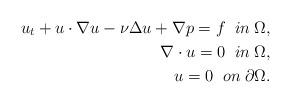
LaTeX: \begin{align*}u_{t} + u \cdot \nabla u - \nu \Delta u + \nabla p = f \; \; in \; \Omega, \\ \nabla \cdot u = 0 \; \; in \; \Omega, \\ u = 0 \; \; on \; \partial \Omega. \end{align*}